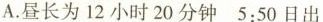
A.昼长为12小时20分钟5:50日出